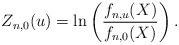
LaTeX: \begin{align*} Z_{n, 0}(u) & = \ln \left( \frac{f_{n, u}(X)}{f_{n,0}(X)} \right) .\end{align*}